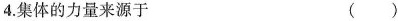
4.集体的力量来源于 ( )